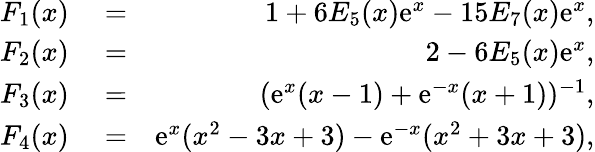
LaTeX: \begin{array}{rlr}{F_{1}(x)}&{{}=}&{1+6E_{5}(x)\mathrm{e}^{x}-15E_{7}(x)\mathrm{e}^{x},}\\ {F_{2}(x)}&{{}=}&{2-6E_{5}(x)\mathrm{e}^{x},}\\ {F_{3}(x)}&{{}=}&{(\mathrm{e}^{x}(x-1)+\mathrm{e}^{-x}(x+1))^{-1},}\\ {F_{4}(x)}&{{}=}&{\mathrm{e}^{x}(x^{2}-3x+3)-\mathrm{e}^{-x}(x^{2}+3x+3),}\end{array}